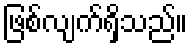
ဖြစ်လျက်ရှိသည်။